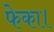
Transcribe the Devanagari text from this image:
फेका।